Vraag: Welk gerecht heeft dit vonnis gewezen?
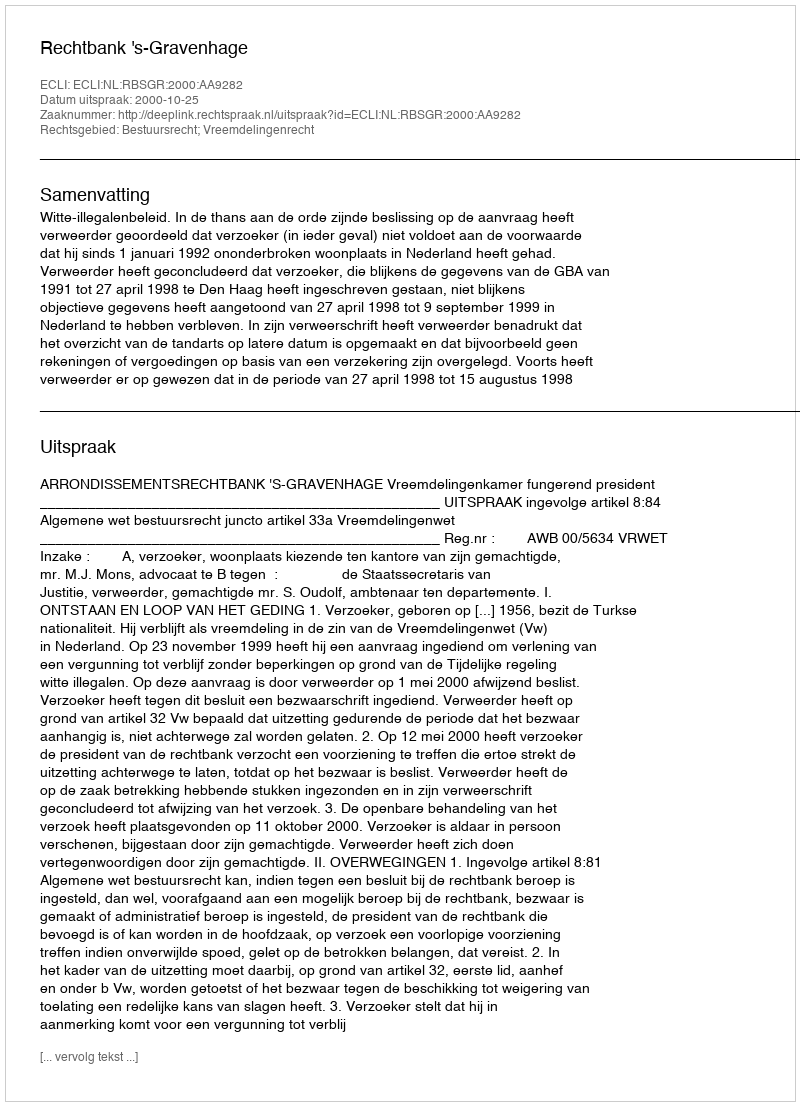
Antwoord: Rechtbank 's-Gravenhage